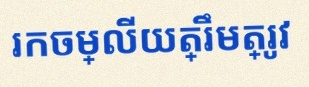
រកចម្លើយត្រឹមត្រូវ